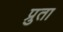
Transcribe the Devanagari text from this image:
प्रुता